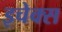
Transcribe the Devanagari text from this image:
इचेक्स